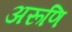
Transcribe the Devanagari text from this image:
अरूणि